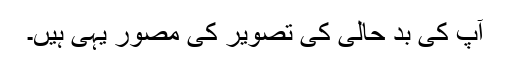
آپ کی بد حالی کی تصویر کی مصور یہی ہیں۔